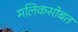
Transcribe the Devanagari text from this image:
मलिकसोबत